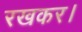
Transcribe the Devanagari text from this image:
रखकर।